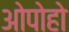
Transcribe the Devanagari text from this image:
ओपोहो